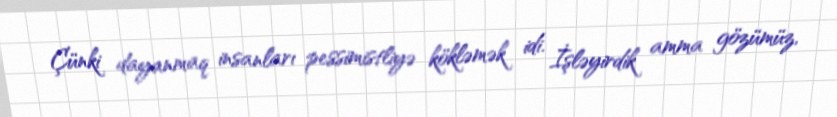
Çünki dayanmaq insanları pessimistliyə kökləmək idi. İşləyirdik amma gözümüz,